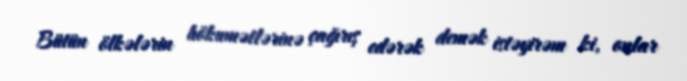
Bütün ölkələrin hökumətlərinə çağırış edərək demək istəyirəm ki, onlar